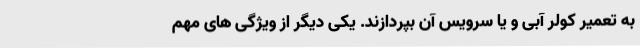
به تعمیر کولر آبی و یا سرویس آن بپردازند. یکی دیگر از ویژگی های مهم